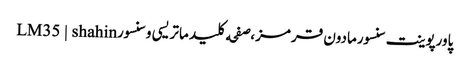
پاورپوینت سنسورمادون قرمز،صفحه کلید ماتریسی و سنسورLM35 | shahin